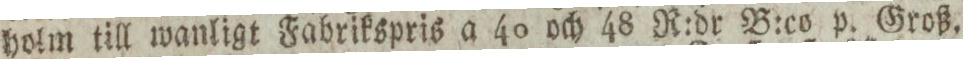
holm till wanligt Fabrikspris a 40 och 48 R:dr B:co p. Groß.